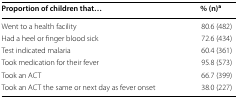
<table><thead><tr><td><b>Proportion of children that...</b></td><td><b>% (n)<sup>a</sup></b></td></tr></thead><tbody><tr><td>Went to a health facility</td><td>80.6 (482)</td></tr><tr><td>Had a heel or finger blood sick</td><td>72.6 (434)</td></tr><tr><td>Test indicated malaria</td><td>60.4 (361)</td></tr><tr><td>Took medication for their fever</td><td>95.8 (573)</td></tr><tr><td>Took an ACT</td><td>66.7 (399)</td></tr><tr><td>Took an ACT the same or next day as fever onset</td><td>38.0 (227)</td></tr></tbody></table>